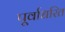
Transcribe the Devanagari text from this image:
पूर्वाधरित